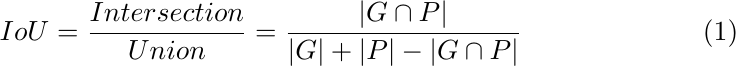
\begin{equation}
\label{math:iou}
    IoU = \frac{Intersection}{Union} = \frac{|G \cap P|}{|G| + |P| - |G \cap P|}
\end{equation}